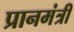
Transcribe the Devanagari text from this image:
प्रानमंत्री